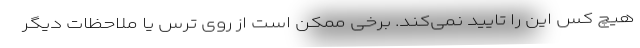
هیچ کس این را تایید نمی‌کند. برخی ممکن است از روی ترس یا ملاحظات دیگر